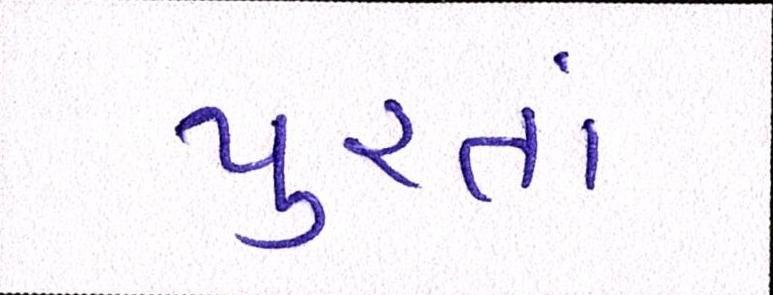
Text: પુરતાં